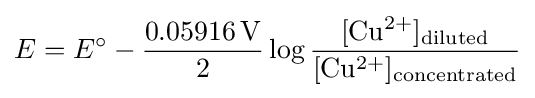
E=E^{\circ }-{\frac {0.05916\,\mathrm {V} }{2}}\log {\frac {[\mathrm {Cu^{2+}} ]_{\mathrm {diluted} }}{[\mathrm {Cu^{2+}} ]_{\mathrm {concentrated} }}}